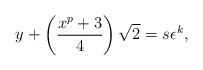
LaTeX: \begin{align*}y+\left(\frac{x^p+3}{4} \right) \sqrt{2} =s \epsilon^{k},\end{align*}